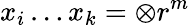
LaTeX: x_{i}\ldots x_{k}=\mathbf{\otimes}r^{m}